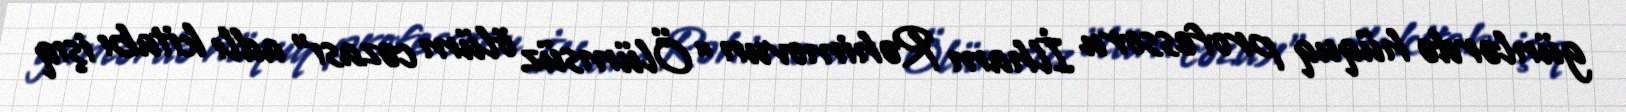
günlərdə hüquq professoru İlham Rəhimovun “Ölümsüz ölüm cəzası” adlı kitabı işıq